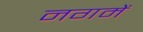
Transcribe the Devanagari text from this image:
नगमें